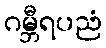
ဂမ္ဘီရပညံ